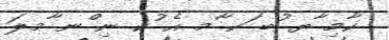
ކާމި ާޔ ުބ ަކ ާމ އެ ުކ ނި ްނ ާމލަ